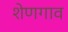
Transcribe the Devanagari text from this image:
शेणगाव